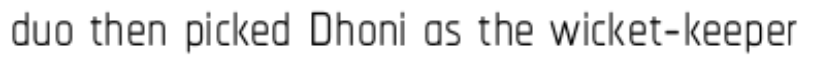
duo then picked Dhoni as the wicket-keeper